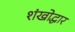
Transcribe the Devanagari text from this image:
शंखोद्धार